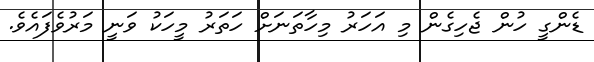
ޑެންގީ ހުން ޖެހިގެން މި އަހަރު މިހާތަނަށް ހަތަރު މީހަކު ވަނީ މަރުވެފައެވެ.